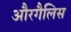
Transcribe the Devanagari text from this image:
औरगैलिस